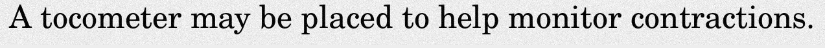
A tocometer may be placed to help monitor contractions.